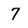
Character: 7